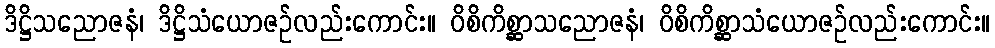
ဒိဋ္ဌိသညောဇနံ၊ ဒိဋ္ဌိသံယောဇဉ်လည်းကောင်း။ ဝိစိကိစ္ဆာသညောဇနံ၊ ဝိစိကိစ္ဆာသံယောဇဉ်လည်းကောင်း။